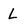
Character: L